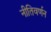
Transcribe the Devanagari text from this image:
नीतिवर्णन